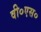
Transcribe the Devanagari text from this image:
वी०एस०